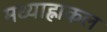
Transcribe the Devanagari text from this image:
मध्याह्नाकल